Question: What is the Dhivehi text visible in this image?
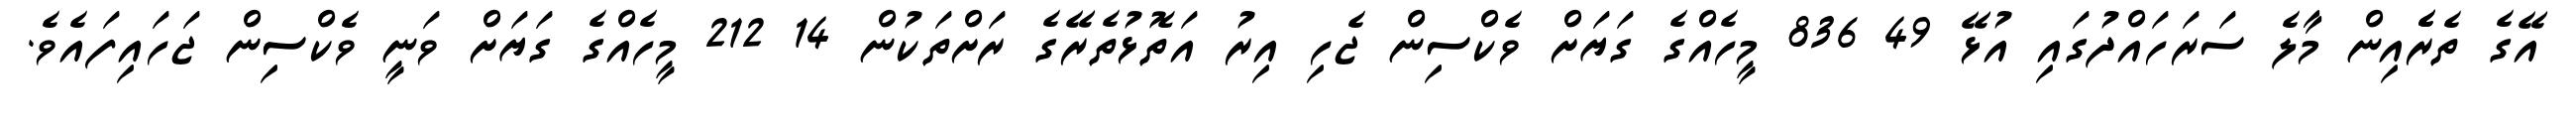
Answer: އޭގެ ތެރެެއިން މާލެ ސަރަހައްދުގައި އުޅޭ 49 836 މީހެއްގެ ގަޔަށް ވެކްސިން ޖެހި އިރު އަތޮޅުތެރޭގެ ރަށްތަކުން 14 212 މީހެއްގެ ގަޔަށް ވަނީ ވެކްސިން ޖަހައިފައެވެ.